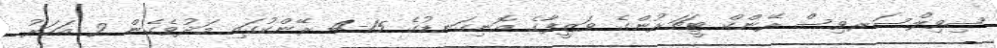
ސިވިލްސަރވިސް ރޭންކް ޓީޗަރުންގެ ވަޒީފާގެ އޮނިގަނޑުގެ 15-4 ރޭންކުގައި މަދުވެގެން 2 އަހަރު